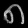
Digit: ၈